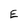
Character: E